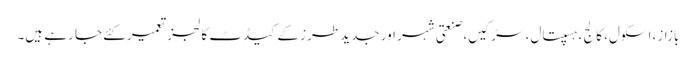
بازاز، اسکول، کالج ،ہسپتال، سڑکیں، صنعتی شہر اور جدید طرز کے کیڈٹ کالجز تعمیرکئے جا رہے ہیں۔